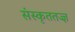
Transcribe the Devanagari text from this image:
संस्कृततज्ज्ञ